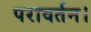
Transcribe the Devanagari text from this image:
परावर्तन।